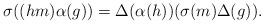
LaTeX: \begin{align*}\sigma((hm)\alpha(g))=\Delta(\alpha(h))(\sigma(m)\Delta(g)).\end{align*}